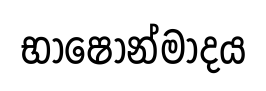
භාෂෝන්මාදය